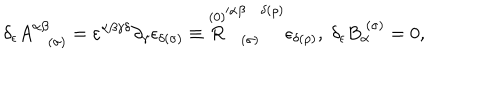
\delta _ { \epsilon } A _ { ( \sigma ) } ^ { \alpha \beta } = \varepsilon ^ { \alpha \beta \gamma \delta } \partial _ { \gamma } \epsilon _ { \delta ( \sigma ) } \equiv \stackrel { ( 0 ) } { R } _ { ( \sigma ) } ^ { \prime \alpha \beta \delta ( \rho ) } \epsilon _ { \delta ( \rho ) } , \; \delta _ { \epsilon } B _ { \alpha } ^ { \; ( \sigma ) } = 0 ,